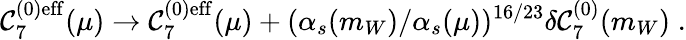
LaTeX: \mathcal{C}_{7}^{(0)\mathrm{{eff}}}(\mu)\rightarrow\mathcal{C}_{7}^{(0)\mathrm{{eff}}}(\mu)+(\alpha_{s}(m_{W})/\alpha_{s}(\mu))^{16/23}\delta\mathcal{C}_{7}^{(0)}(m_{W})\; .